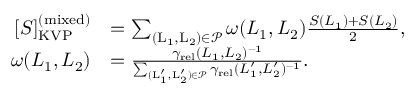
\begin{array} { r l } { [ S ] _ { \mathrm { K V P } } ^ { \mathrm { ( m i x e d ) } } } & { = \sum _ { \mathrm { ( L _ { 1 } , L _ { 2 } ) } \in \mathcal { P } } \omega ( L _ { 1 } , L _ { 2 } ) \frac { S ( L _ { 1 } ) + S ( L _ { 2 } ) } { 2 } , } \\ { \omega ( L _ { 1 } , L _ { 2 } ) } & { = \frac { \gamma _ { \mathrm { r e l } } ( L _ { 1 } , L _ { 2 } ) ^ { - 1 } } { \sum _ { \mathrm { ( L _ { 1 } ^ { \prime } , L _ { 2 } ^ { \prime } ) } \in \mathcal { P } } \gamma _ { \mathrm { r e l } } ( L _ { 1 } ^ { \prime } , L _ { 2 } ^ { \prime } ) ^ { - 1 } } . } \end{array}